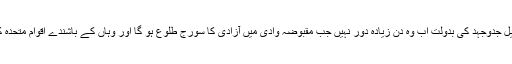
کشمیری عوام کی حق خود ارادیت کی جدوجہد بے مثال قربانیوں سے عبارت ہے اور اس طویل جدوجہد کی بدولت اب وہ دن زیادہ دور نہیں جب مقبوضہ وادی میں آزادی کا سورج طلوع ہو گا اور وہاں کے باشندے اقوام متحدہ کے تحت منعقدہ استصواب رائے میں پاکستان سے الحاق کے حق میں فیصلہ صادر کریں گے۔